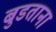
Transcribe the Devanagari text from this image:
बुडताना